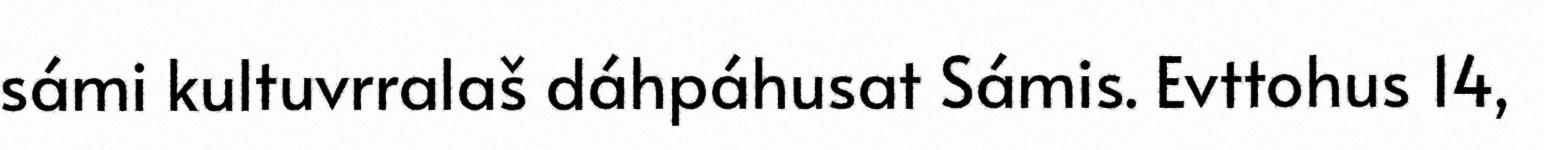
sámi kultuvrralaš dáhpáhusat Sámis. Evttohus 14,